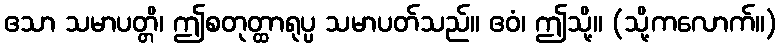
ဧသာ သမာပတ္တိ၊ ဤစတုတ္ထာရုပ္ပ သမာပတ်သည်။ ဧဝံ၊ ဤသို့။ (သို့ကလောက်။)